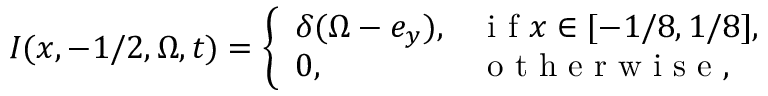
I ( x , - 1 / 2 , \Omega , t ) = \left\{ \begin{array} { l l } { \delta ( \Omega - e _ { y } ) , } & { \mathrm { ~ i ~ f ~ } x \in [ - 1 / 8 , 1 / 8 ] , } \\ { 0 , } & { \mathrm { ~ o ~ t ~ h ~ e ~ r ~ w ~ i ~ s ~ e ~ } , } \end{array} \right.